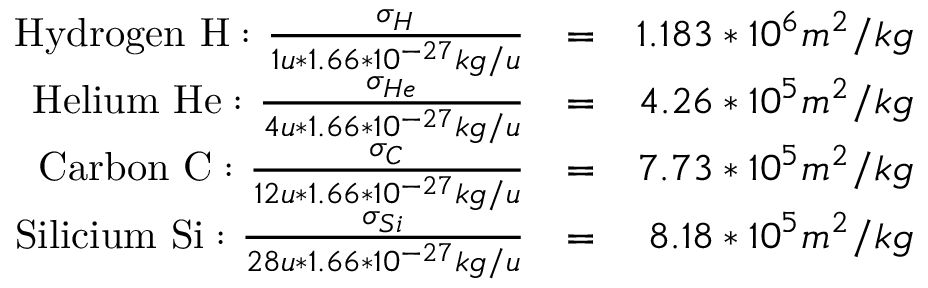
\begin{array} { r l r } { \mathrm { H y d r o g e n ~ H : ~ } \frac { \sigma _ { H } } { 1 u * 1 . 6 6 * 1 0 ^ { - 2 7 } k g / u } } & { = } & { 1 . 1 8 3 * 1 0 ^ { 6 } m ^ { 2 } / k g } \\ { \mathrm { H e l i u m ~ H e : ~ } \frac { \sigma _ { H e } } { 4 u * 1 . 6 6 * 1 0 ^ { - 2 7 } k g / u } } & { = } & { 4 . 2 6 * 1 0 ^ { 5 } m ^ { 2 } / k g } \\ { \mathrm { C a r b o n ~ C : ~ } \frac { \sigma _ { C } } { 1 2 u * 1 . 6 6 * 1 0 ^ { - 2 7 } k g / u } } & { = } & { 7 . 7 3 * 1 0 ^ { 5 } m ^ { 2 } / k g } \\ { \mathrm { S i l i c i u m ~ S i : ~ } \frac { \sigma _ { S i } } { 2 8 u * 1 . 6 6 * 1 0 ^ { - 2 7 } k g / u } } & { = } & { 8 . 1 8 * 1 0 ^ { 5 } m ^ { 2 } / k g } \end{array}